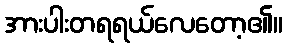
အားပါးတရရယ်လေတော့၏။